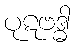
ပုဋဗဒ္ဓါ